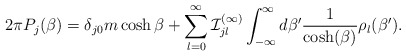
\begin{align*}2\pi {P}_j(\beta) = \delta_{j0} m \cosh\beta + \sum_{l=0}^\infty {\cal I}^{(\infty)}_{jl}\int_{-\infty}^{\infty}d\beta' \frac{1}{\cosh(\beta)} \rho_l(\beta').\end{align*}